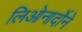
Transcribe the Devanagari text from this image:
लिओनार्दोने